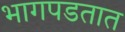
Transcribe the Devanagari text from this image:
भागपडतात